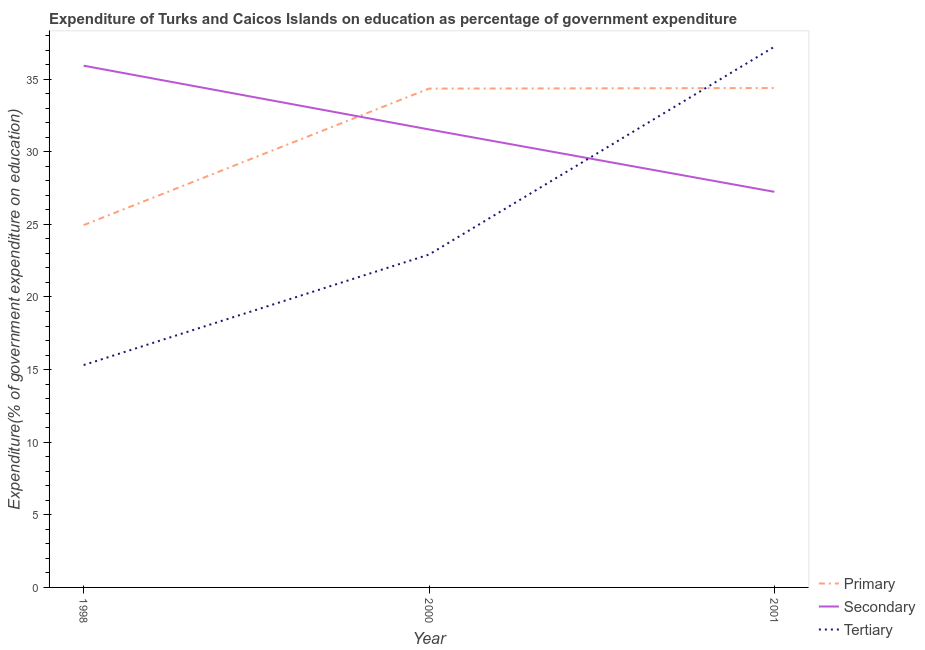
| Year | Primary | Secondary | Tertiary |
 | --- | --- | --- | --- |
 | 1998 | 25 | 35.9 | 15.3 |
 | 2000 | 34.4 | 31.5 | 22.9 |
 | 2001 | 34.4 | 27.2 | 37.2 |